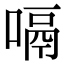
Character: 嗝